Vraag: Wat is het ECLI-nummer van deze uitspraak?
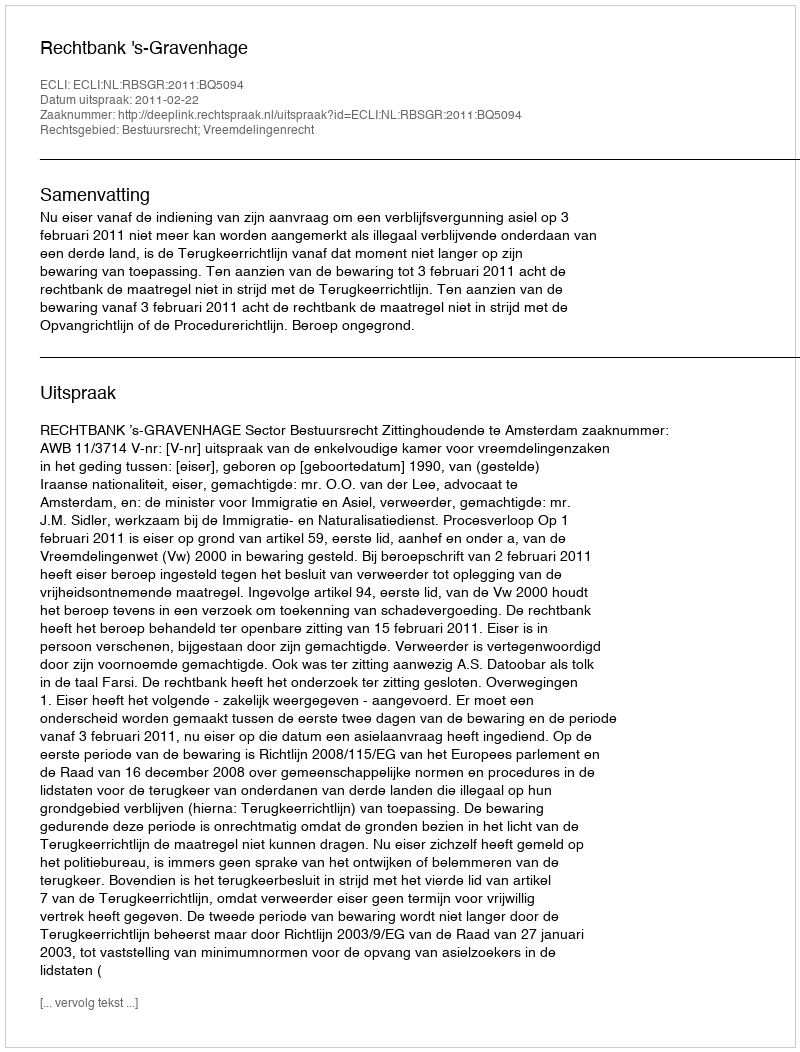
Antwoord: ECLI:NL:RBSGR:2011:BQ5094